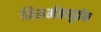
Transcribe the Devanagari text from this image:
निमर्मतापूर्वक